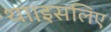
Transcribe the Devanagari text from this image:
था।इसलिए